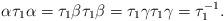
LaTeX: \begin{align*}\alpha \tau_1 \alpha = \tau_1 \beta \tau_1 \beta = \tau_1 \gamma \tau_1 \gamma = \tau^{-1}_1. \end{align*}